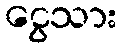
ငွေသား